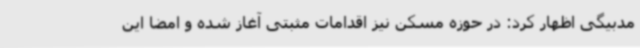
مدبیگی اظهار کرد: در حوزه مسکن نیز اقدامات مثبتی آغاز شده و امضا این